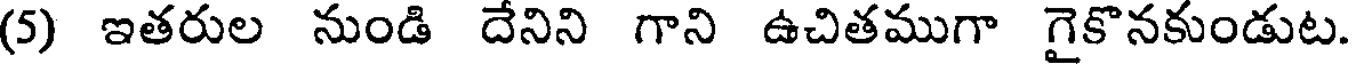
(5) ఇతరుల నుండి దేనిని గాని ఉచితముగా గైకొనకుండుట.